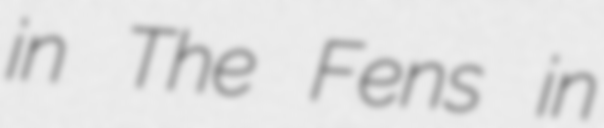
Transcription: in The Fens in